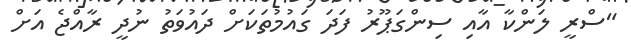
"ސްރީ ލަންކާ އާއި ސިންގަޕޫރު ފަދަ ގައުމުތަކަށް ދައުވަތު ނުދީ ރާއްޖެ އަށް